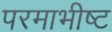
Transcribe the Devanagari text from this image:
परमाभीष्ट